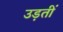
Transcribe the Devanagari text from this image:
उड़तीं